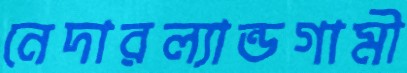
নেদারল্যান্ডগামী